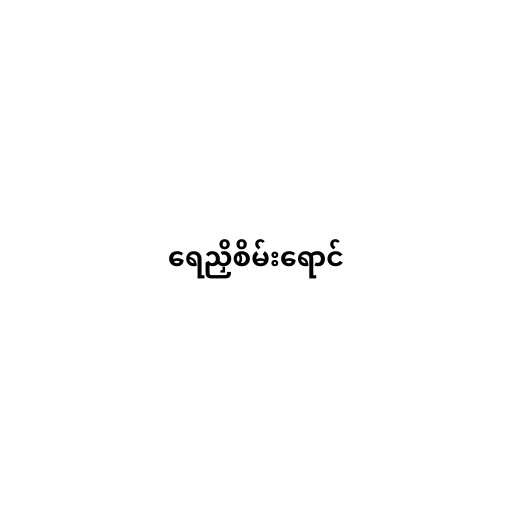
ရေညှိစိမ်းရောင်